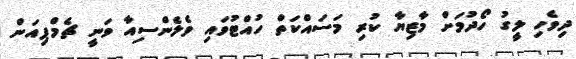
ދިވެހި ލީގު ހޯދުމަށް މާޒިޔާ ކުރި މަސައްކަތް ހުއްޓުވައި ވެލެންސިއާ ވަނީ ޗެމްޕިއަން